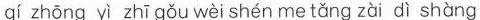
qí zhōng yì zhī gǒu wèi shén me tǎng zài dì shàng